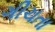
ગીચતા